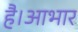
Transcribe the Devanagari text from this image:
है।आभार